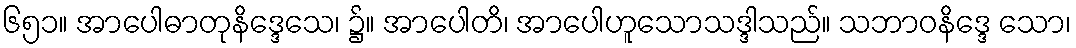
၆၅၁။ အာပေါဓာတုနိဒ္ဒေသေ၊ ၌။ အာပေါတိ၊ အာပေါဟူသောသဒ္ဒါသည်။ သဘာဝနိဒ္ဒေ သော၊